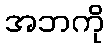
အဘကို